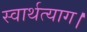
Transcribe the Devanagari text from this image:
स्वार्थत्याग।